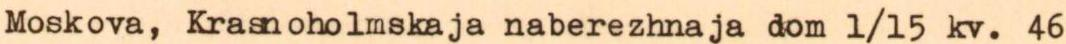
Moskova, Krasnoholmskaja naberezhnaja dom 1/15 kv. 46